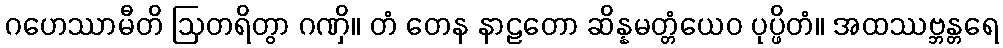
ဂဟေဿာမီတိ ဩတရိတွာ ဂဏှိ။ တံ တေန နာဠတော ဆိန္နမတ္တံယေဝ ပုပ္ဖိတံ။ အထဿဗ္ဘန္တရေ